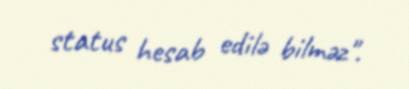
status hesab edilə bilməz".